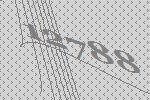
12788